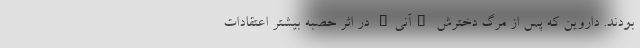
بودند. داروین که پس از مرگ دخترش "آنی" در اثر حصبه بیشتر اعتقادات